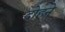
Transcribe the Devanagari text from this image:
दोहने